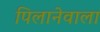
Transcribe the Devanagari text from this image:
पिलानेवाला